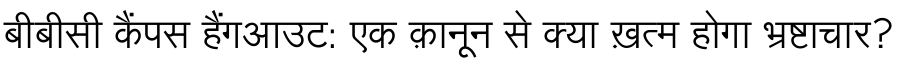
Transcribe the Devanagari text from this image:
बीबीसी कैंपस हैंगआउट: एक क़ानून से क्या ख़त्म होगा भ्रष्टाचार?